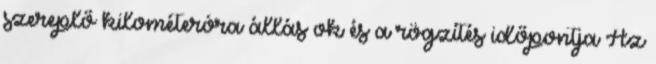
szereplő kilométeróra állás ok és a rögzítés időpontja Az